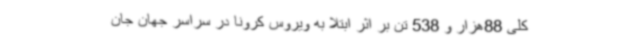
کلی 88هزار و 538 تن بر اثر ابتلا به ویروس کرونا در سراسر جهان جان